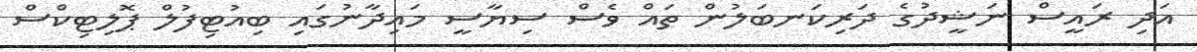
އަދި ރައީސް ނަޝީދުގެ ދަރިކަނބަލުން ތައް ވެސް ސިޔާސީ މައިދާނުގައި ބިއުޓިފުލް ޕޮލިޓިކްސް